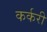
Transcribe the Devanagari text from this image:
कर्करी